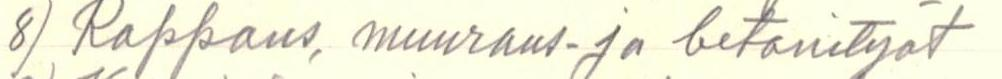
8) Rappaus, muuraus- ja betonityöt